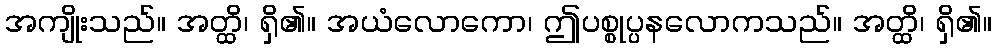
အကျိုးသည်။ အတ္ထိ၊ ရှိ၏။ အယံလောကော၊ ဤပစ္စုပ္ပနလောကသည်။ အတ္ထိ၊ ရှိ၏။